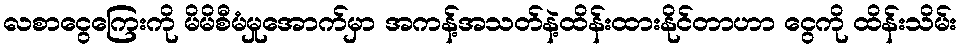
လစာငွေကြေးကို မိမိစီမံမှုအောက်မှာ အကန့်အသတ်နဲ့ထိန်းထားနိုင်တာဟာ ငွေကို ထိန်းသိမ်း